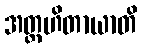
အတ္တဟိတာယာတိ